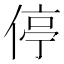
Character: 停